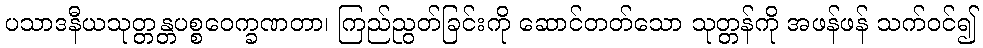
ပသာဒနီယသုတ္တန္တပစ္စဝေက္ခဏတာ၊ ကြည်ညွတ်ခြင်းကို ဆောင်တတ်သော သုတ္တန်ကို အဖန်ဖန် သက်ဝင်၍